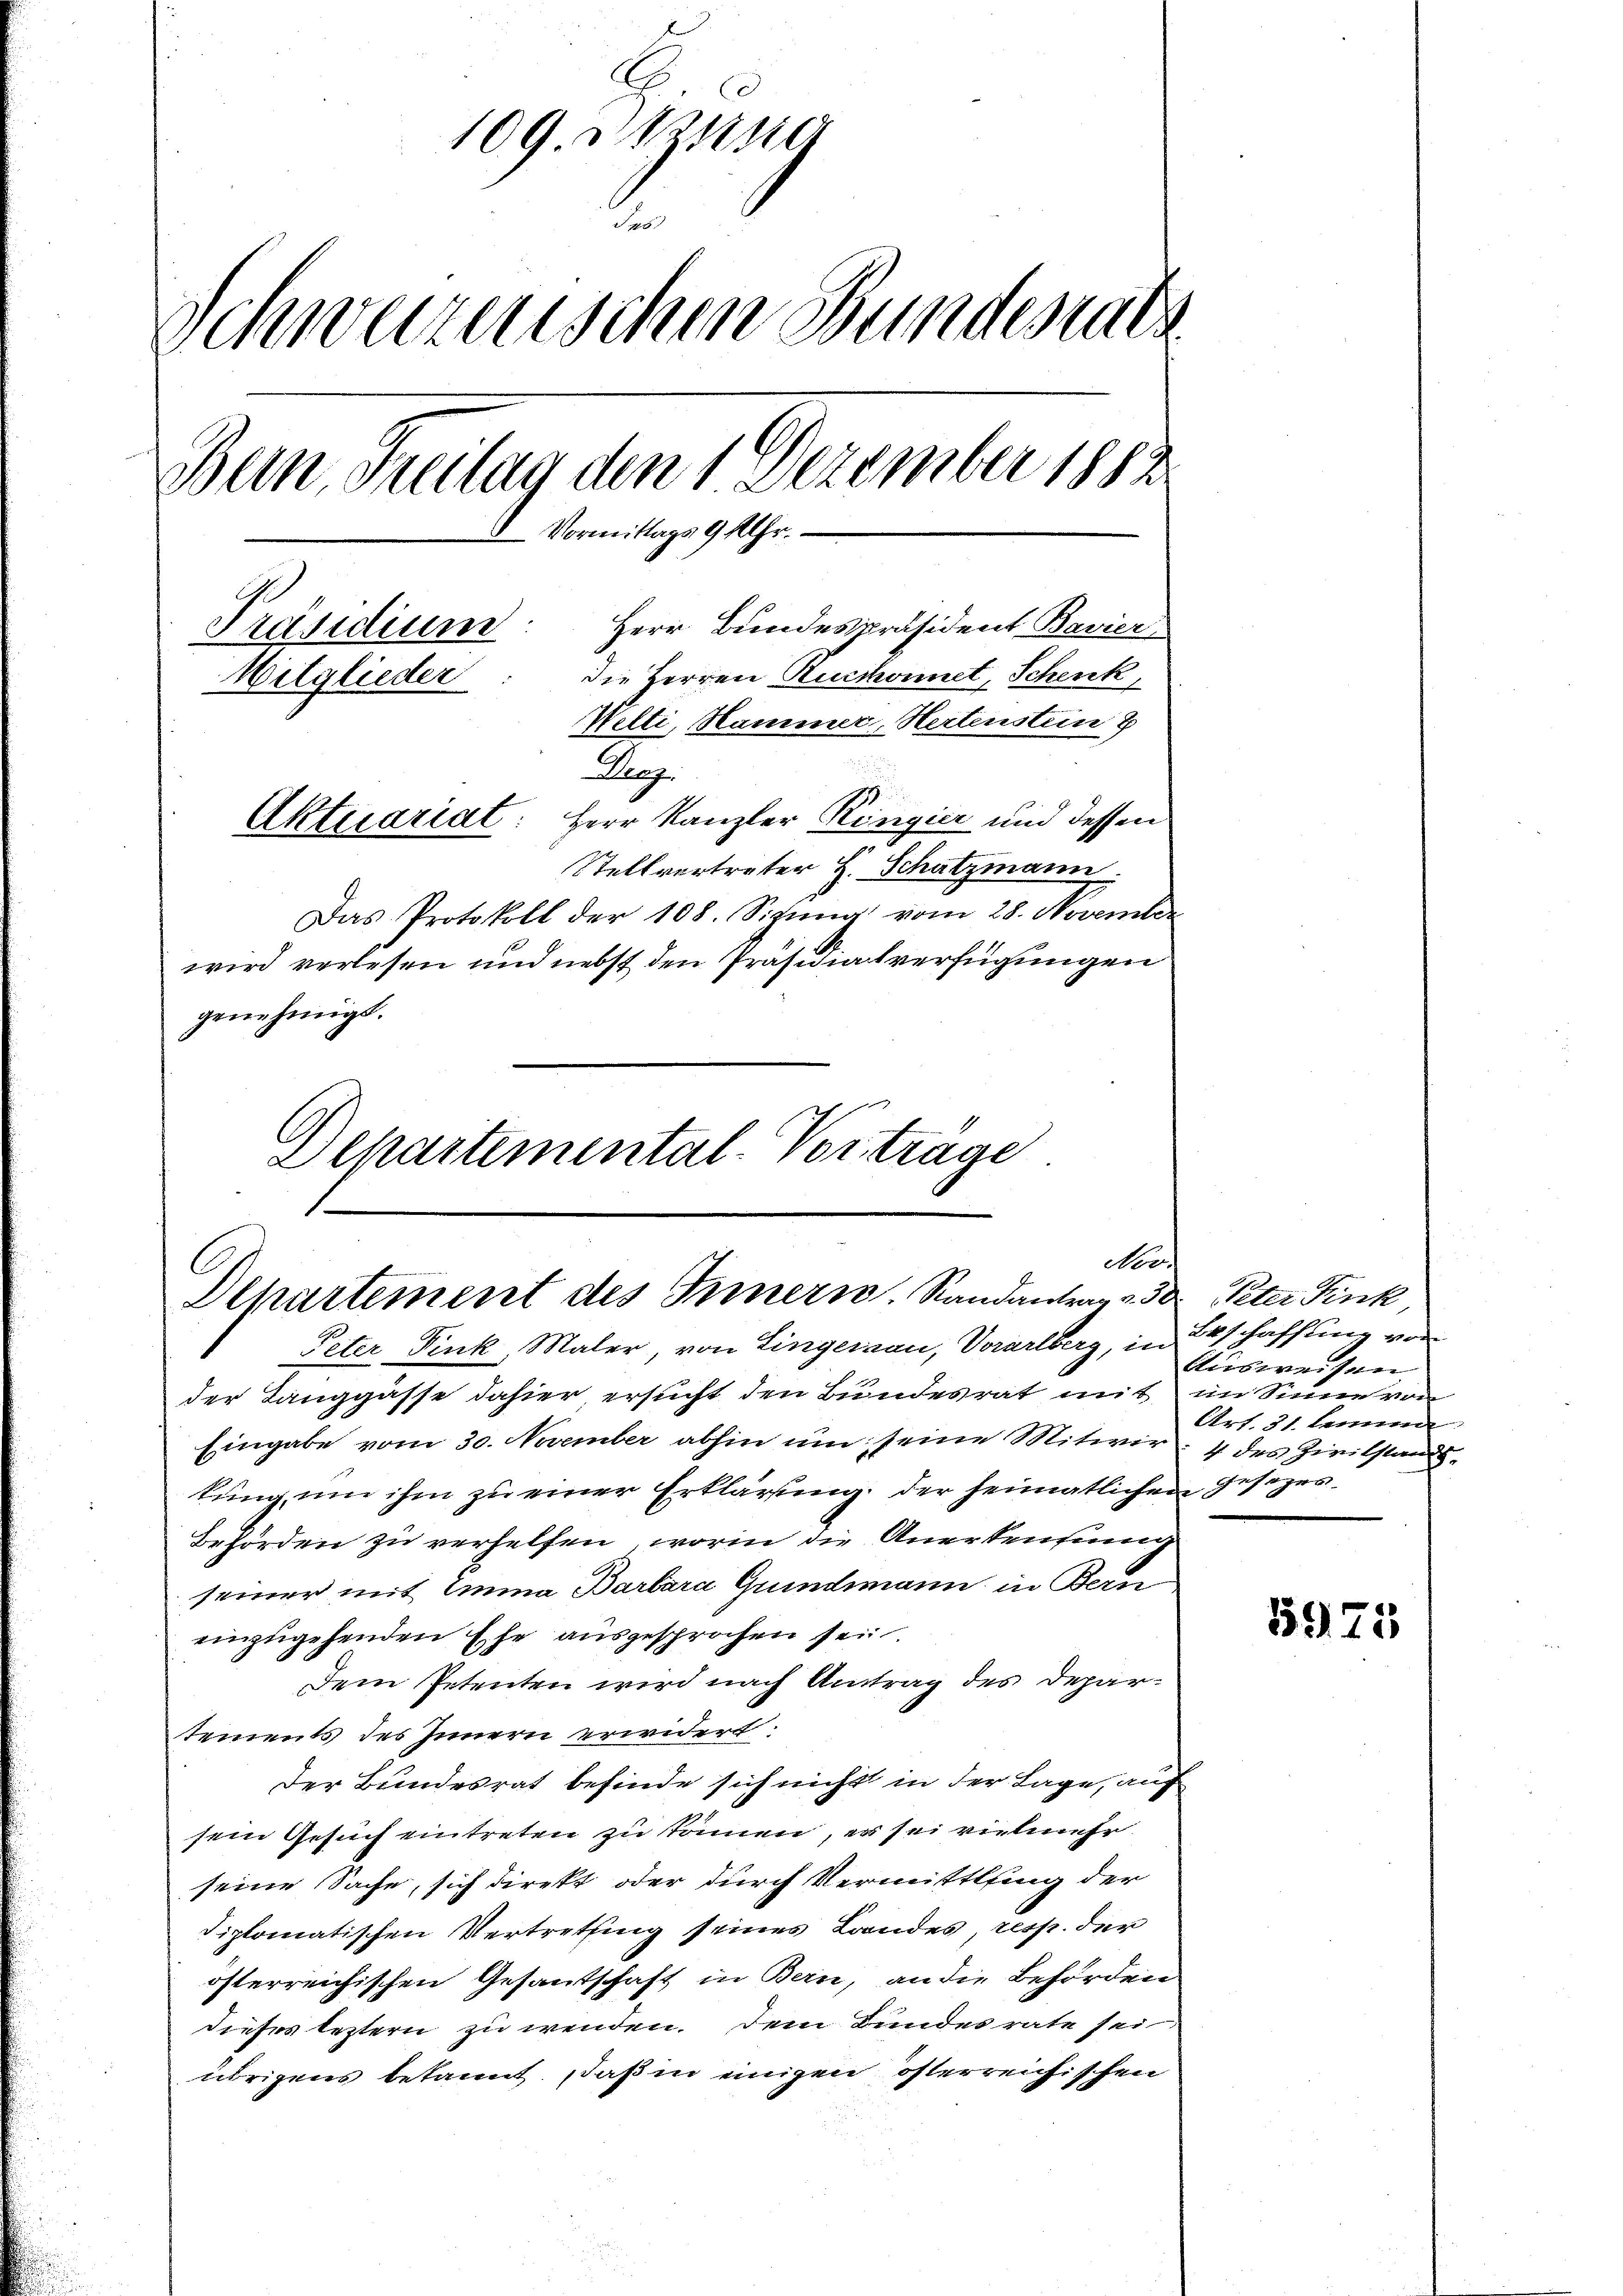
109. Die
2
Schweizerischen Bundesrats
Bern, Zeitag den 1 Dezember 1882
 Vormittags 9 Uhr.
Herr Bundespräsident Bavier
Präsidium:
die Herren Ruckonnet, Schenk,
Mitglieder
Welti, Hammer, Heitenstein
Pag.
Aktuariat: Herr Kanzler Ringier und dessen
Stellvertreter H. Schatzmann.
Das Protokoll der 108. Sitŭng vom 28. November
wird verlesen und nebst den Präsidialverfügungen
genehmigt.

Departemental-Vortrage
Nor
Olhartement des Innern. Randantrag v. 30 Peter Fink,
Peter Fink, Maler, von Eingersau, Vorarlberg, in Erschaffung von

der Tanggasse dahier ersucht den Bundesrat mit im Sinne von
Eingabe vom 30. November abhin um seine Mitwir: 4 des Zivilstand
kung um ihm zu einer Erklärung der heimatlichen Gesezes¬
Behörden zu verhelfen, worin die Anerkennung
seiner mit Emma Barbara Grindsmann in Bern
einzugehenden Ehe ausgesprochen sei.
Dem Petenten wird nach Antrag des Departements des Innern erwidert:
Der Bundesrat befinde sich nicht in der Lage, auf
sein Gesuch eintreten zu können, er sei vielmehr
seine Sache, sich direkt oder durch Vermittling der
diplomatischen Vertretung seines Landes, resp. der
österreichischen Gesantschaft in Bern, an die Behörden
dieses leztern zu wenden. Dem Bundesrate sei
übrigens bekannt, daß in einigen österreichischen

tteisweisen.
Art. 31. Lannen

5975